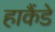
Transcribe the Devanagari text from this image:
हाकैंडे